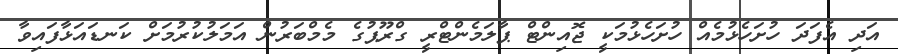
އަދި އެފަދަ ހުށަހެޅުމެއް ހުށަހެޅުމަކީ ޖޮއިންޓް ޕާލަމެންޓްރީ ގްރޫޕުގެ މެމްބަރުން އަމަލުކުރުމަށް ކަނޑައަޅާފައިވާ